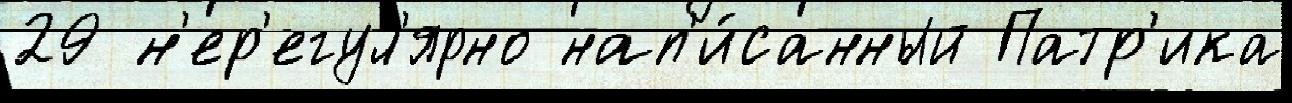
29 н'ер'егул'ярно нап'и́санный Патр'ика